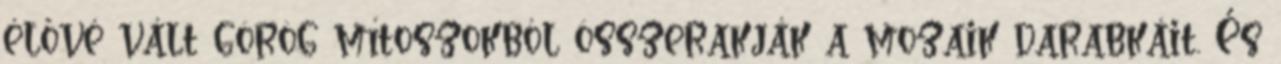
élővé vált görög mítoszokból összerakják a mozaik darabkáit. És